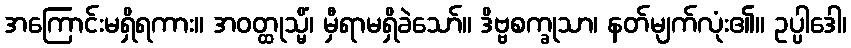
အကြောင်းမရှိရကား။ အဝတ္ထုသ္မိံ၊ မှီရာမရှိခဲသော်။ ဒိဗ္ဗစက္ခုသာ၊ နတ်မျက်လုံး၏။ ဥပ္ပါဒေါ၊